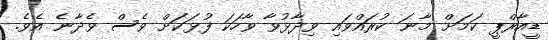
ޑީއާރްޕީ ކަމަށް މާނަ ކުރައްވައި ވިދާޅުވާ ވާހަކަ ފުޅަކަށް ވެސް ވެދާނެ އެވެ.